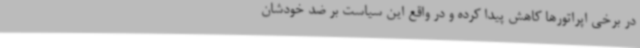
در برخی اپراتورها کاهش پیدا کرده و در واقع این سیاست بر ضد خودشان